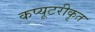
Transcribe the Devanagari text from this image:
कप्यूटरीकृत